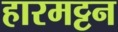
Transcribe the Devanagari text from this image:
हारमट्टन